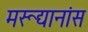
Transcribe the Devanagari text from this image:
मरूद्यानांस